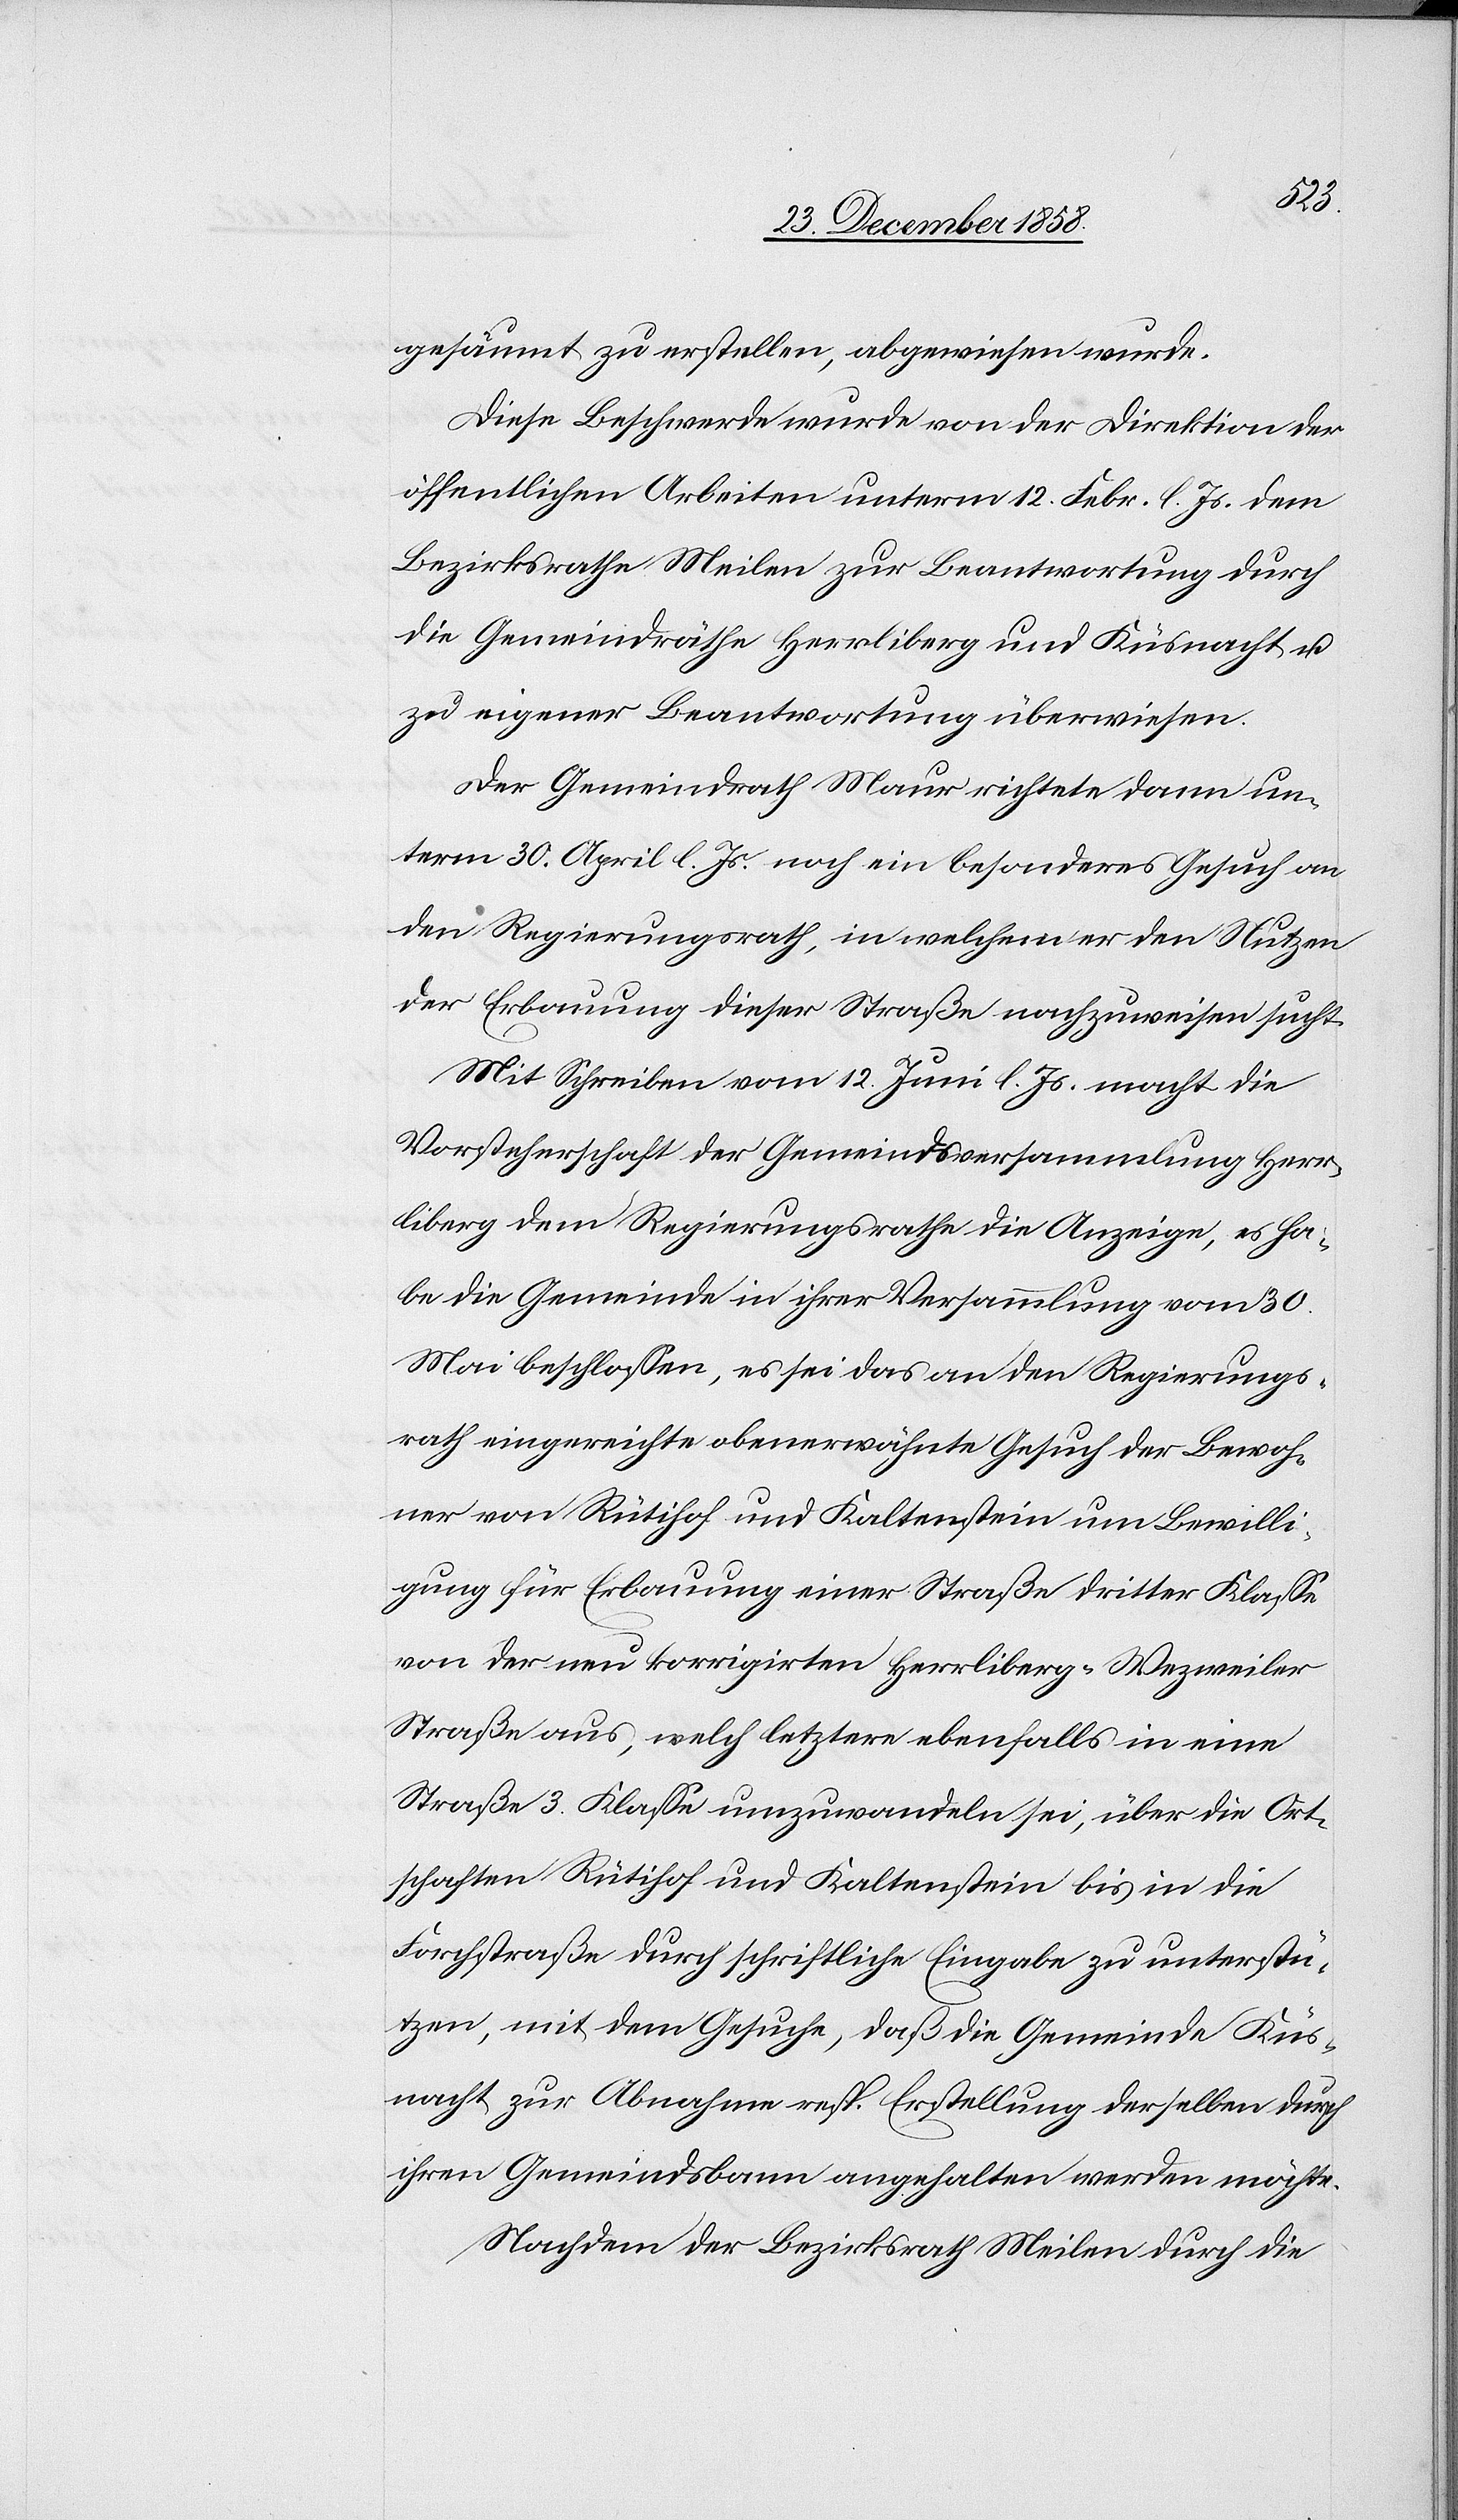
gesäumt zu erstellen, abgewiesen wurde.
Diese Beschwerde wurde von der Direktion der
öffentlichen Arbeiten unterm 12. Febr. l. Js. dem
Bezirksrathe Meilen zur Beantwortung durch
die Gemeindräthe Herrliberg und Küsnacht u.
zu eigener Beantwortung überwiesen.
Der Gemeindrath Maur richtete dann un¬
term 30. April l. Js. noch ein besonderes Gesuch an
den Regierungsrath, in welchem er den Nutzen
der Erbauung dieser Straße nachzuweisen sucht.
Mit Schreiben vom 12. Juni l. Js. macht die
Vorsteherschaft der Gemeindsversammlung Herr¬
liberg dem Regierungsrathe die Anzeige, es ha¬
be die Gemeinde in ihrer Versammlung vom 30.
Mai beschlossen, es sei das an den Regierungs¬
rath eingereichte obenerwähnte Gesuch der Bewoh¬
ner von Rütihof und Kaltenstein um Bewilli¬
gung für Erbauung einer Straße dritter Klasse
von der neu korrigirten Herrliberg–Wezweiler
Straße aus, welch letztere ebenfalls in eine
Straße 3. Klasse umzuwandeln sei, über die Ort¬
schaften Rütihof und Kaltenstein bis in die
Forchstraße durch schriftliche Eingabe zu unterstü¬
tzen, mit dem Gesuche, daß die Gemeinde Küs¬
nacht zur Abnahme resp. Erstellung derselben durch
ihren Gemeindsbann angehalten werden möchte.
Nachdem der Bezirksrath Meilen durch die